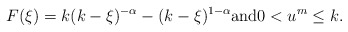
\begin{align*}\begin{aligned}F(\xi)=k(k-\xi)^{-\alpha}-(k-\xi)^{1-\alpha} \mbox{and} 0<u^m\leq k.\end{aligned}\end{align*}